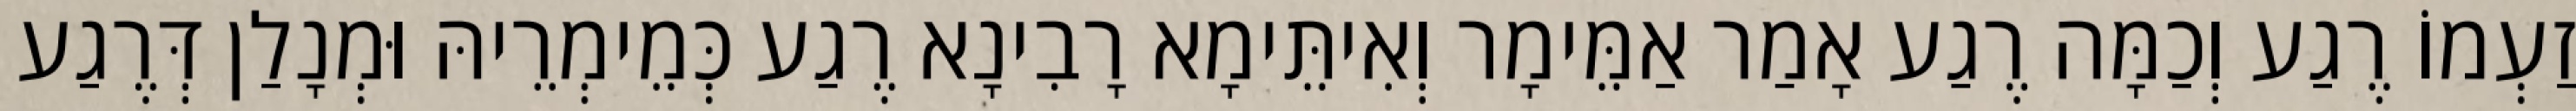
זַעְמוֹ רֶגַע וְכַמָּה רֶגַע אָמַר אַמֵּימָר וְאִיתֵּימָא רָבִינָא רֶגַע כְּמֵימְרֵיהּ וּמְנָלַן דְּרֶגַע